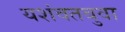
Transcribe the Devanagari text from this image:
यशंवतबुवा